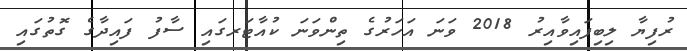
ރުފިޔާ ލިބިފައިވާއިރު 2018 ވަނަ އަހަރުގެ ތިންވަނަ ކުއާޓަރގައި ސާފު ފައިދާގެ ގޮތުގައި